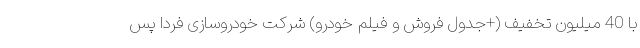
با 40 میلیون تخفیف (+جدول فروش و فیلم خودرو) شرکت خودروسازی فردا پس